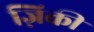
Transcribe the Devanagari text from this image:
ज़िक्री